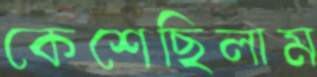
কেশেছিলাম